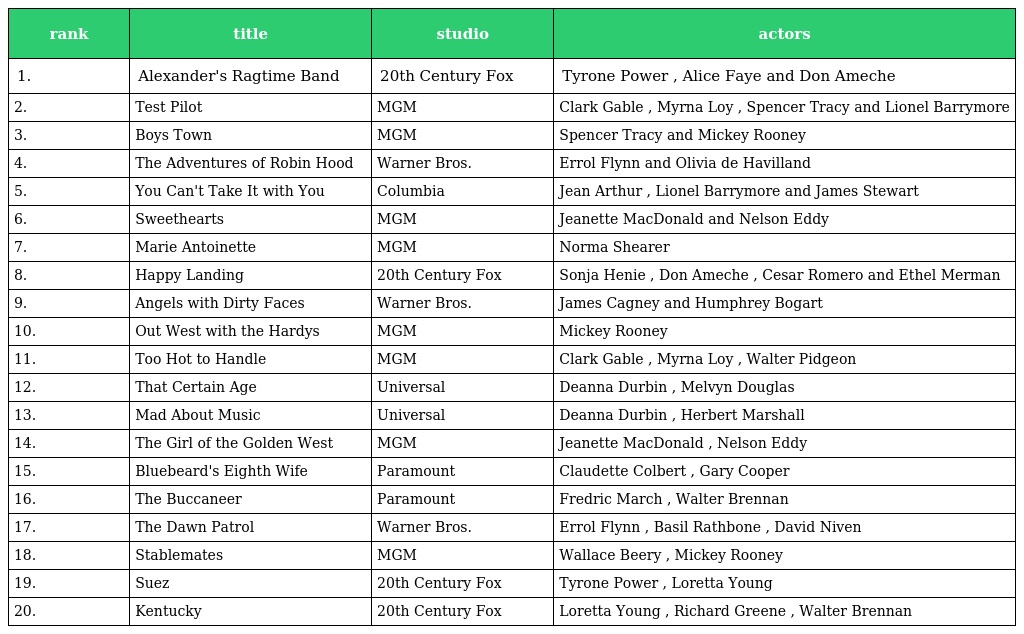
| rank | title | studio | actors |
 | --- | --- | --- | --- |
 | 1. | Alexander's Ragtime Band | 20th Century Fox | Tyrone Power , Alice Faye and Don Ameche |
 | 2. | Test Pilot | MGM | Clark Gable , Myrna Loy , Spencer Tracy and Lionel Barrymore |
 | 3. | Boys Town | MGM | Spencer Tracy and Mickey Rooney |
 | 4. | The Adventures of Robin Hood | Warner Bros. | Errol Flynn and Olivia de Havilland |
 | 5. | You Can't Take It with You | Columbia | Jean Arthur , Lionel Barrymore and James Stewart |
 | 6. | Sweethearts | MGM | Jeanette MacDonald and Nelson Eddy |
 | 7. | Marie Antoinette | MGM | Norma Shearer |
 | 8. | Happy Landing | 20th Century Fox | Sonja Henie , Don Ameche , Cesar Romero and Ethel Merman |
 | 9. | Angels with Dirty Faces | Warner Bros. | James Cagney and Humphrey Bogart |
 | 10. | Out West with the Hardys | MGM | Mickey Rooney |
 | 11. | Too Hot to Handle | MGM | Clark Gable , Myrna Loy , Walter Pidgeon |
 | 12. | That Certain Age | Universal | Deanna Durbin , Melvyn Douglas |
 | 13. | Mad About Music | Universal | Deanna Durbin , Herbert Marshall |
 | 14. | The Girl of the Golden West | MGM | Jeanette MacDonald , Nelson Eddy |
 | 15. | Bluebeard's Eighth Wife | Paramount | Claudette Colbert , Gary Cooper |
 | 16. | The Buccaneer | Paramount | Fredric March , Walter Brennan |
 | 17. | The Dawn Patrol | Warner Bros. | Errol Flynn , Basil Rathbone , David Niven |
 | 18. | Stablemates | MGM | Wallace Beery , Mickey Rooney |
 | 19. | Suez | 20th Century Fox | Tyrone Power , Loretta Young |
 | 20. | Kentucky | 20th Century Fox | Loretta Young , Richard Greene , Walter Brennan |